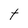
Character: t